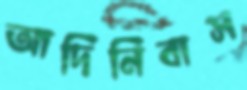
আদিনিবাস